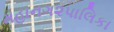
મહાનગ૨પાલિકા